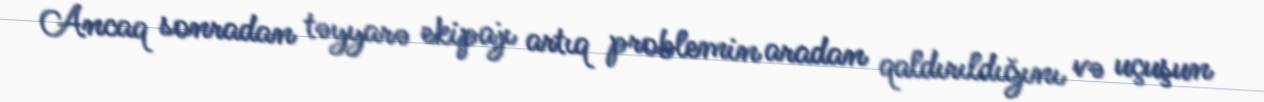
Ancaq sonradan təyyarə ekipajı artıq problemin aradan qaldırıldığını və uçuşun